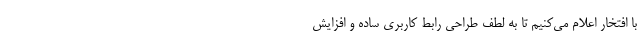
با افتخار اعلام می‌کنیم تا به لطف طراحی رابط کاربری ساده و افزایش